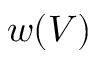
w ( V )